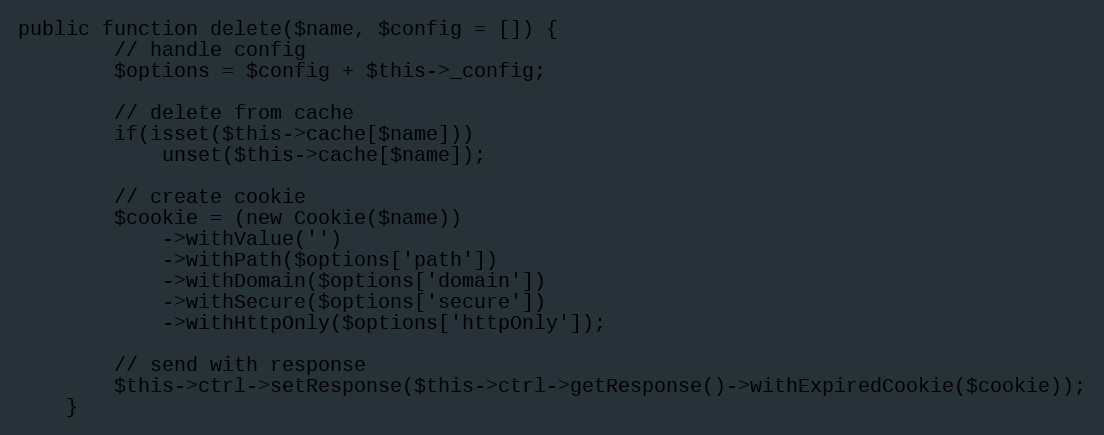
Language: PHP
public function delete($name, $config = []) {
        // handle config
        $options = $config + $this->_config;

        // delete from cache
        if(isset($this->cache[$name]))
            unset($this->cache[$name]);

        // create cookie
        $cookie = (new Cookie($name))
            ->withValue('')
            ->withPath($options['path'])
            ->withDomain($options['domain'])
            ->withSecure($options['secure'])
            ->withHttpOnly($options['httpOnly']);

        // send with response
        $this->ctrl->setResponse($this->ctrl->getResponse()->withExpiredCookie($cookie));
    }